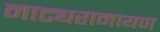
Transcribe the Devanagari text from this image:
नाट्यरामायण